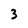
Character: 3